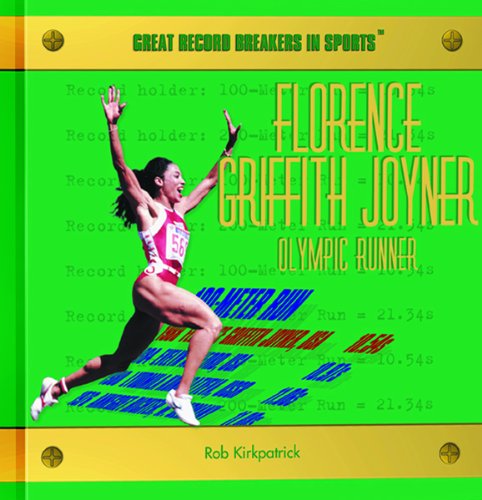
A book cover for Florence Griffith Joyner: Olympic Runner (Great Record Breakers in Sports); Rob Kirkpatrick; Children's Books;